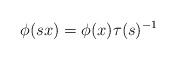
LaTeX: \begin{align*}\phi(sx)=\phi(x)\tau(s)^{-1}\end{align*}